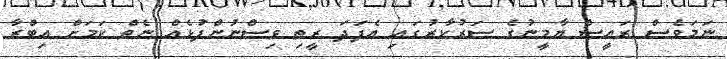
ނަމަވެސް ރައީސް ޔާމީނުގެ ސަރުކާރުގައި އެފަދަ ރީތި ވިސްނުންފުޅެއް ނެތް ކަމަށް އިބްރާ